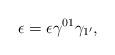
LaTeX: \begin{align*}\epsilon=\epsilon\gamma^{01}\gamma_{1^{\prime}},\end{align*}